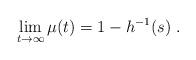
LaTeX: \begin{align*}\lim_{t\to\infty} \mu(t) = 1 - h^{-1}(s)\ . \end{align*}